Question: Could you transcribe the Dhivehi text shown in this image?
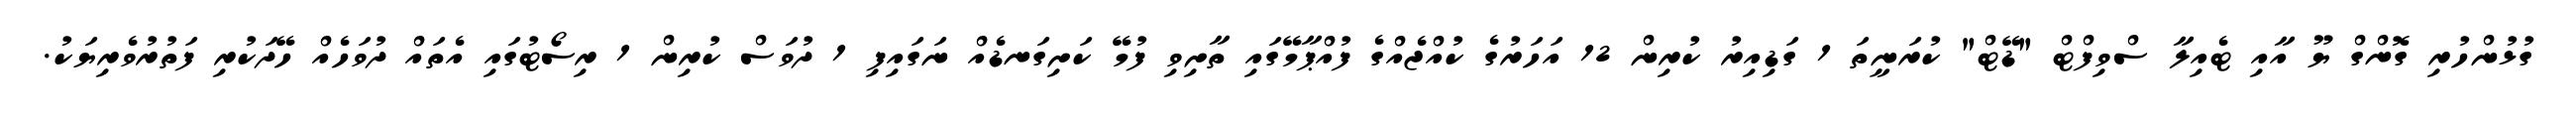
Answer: ގުޅުންހުރި ގޮންގް ޔޫ އާއި ޓެއިލާ ސްވިފްޓް "ޑޭޓް" ކުރަނީތަ 1 ގަޑިއިރު ކުރިން 12 އަހަރުގެ ކުއްޖެއްގެ ފުއްޕާމޭގައި ތާށިވި ފުމޭ ކަށިގަނޑެއް ނަގައިފި 1 ދުވަސް ކުރިން 1 ރިސޯޓުގައި އެތައް ދުވަހެއް ހޭދަކުރި ފަތުރުވެރިޔަކު.